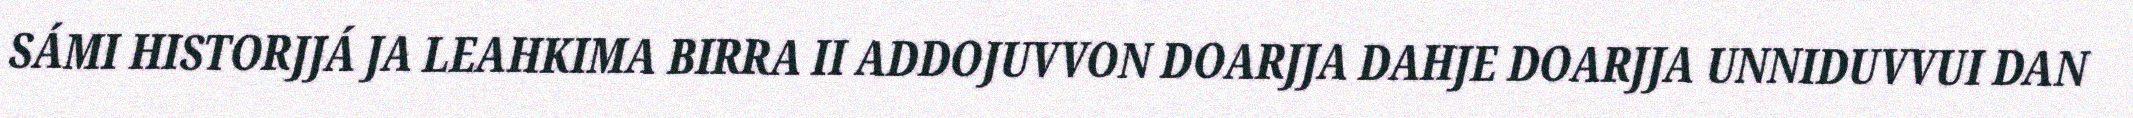
SÁMI HISTORJJÁ JA LEAHKIMA BIRRA II ADDOJUVVON DOARJJA DAHJE DOARJJA UNNIDUVVUI DAN